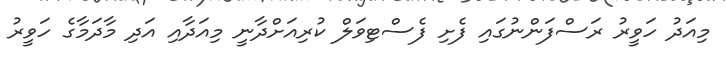
މިއަދު ހަވީރު ރަސްފަންނުގައި ފެށި ފެސްޓިވަލް ކުރިއަށްދާނީ މިއަދާއި އަދި މާދަމާގެ ހަވީރު